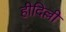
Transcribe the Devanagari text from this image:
हीदिल्ली